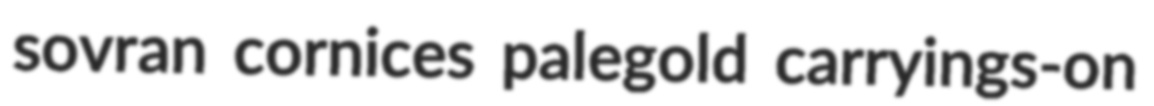
sovran cornices palegold carryings-on